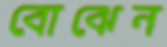
বোঝেন